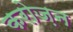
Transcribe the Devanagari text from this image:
करोज़न